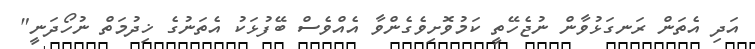
އަދި އެތަން ރަނގަޅުވާން ނުޖެހޭތީ ކަމުވޮށިވެގެންވާ އެއްވެސް ބޭފުޅަކު އެތަނުގެ ޚިދުމަތް ނުހޯދަނީ"